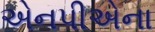
એનપીએના